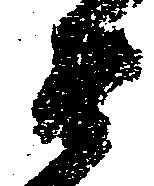
衛